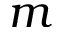
m